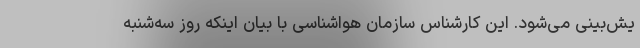
یش‌بینی می‌شود. این کارشناس سازمان هواشناسی با بیان اینکه روز سه‌شنبه